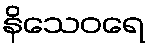
နိသေဝရေ